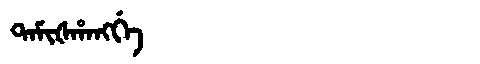
Manchu: ᡨᠠᠮᡳᡧᡥᠠᠩᡤᡝ
Romanization: TAMIŠHANGGE